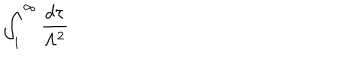
\int _ { 1 } ^ { \infty } \frac { d \tau } { \Lambda ^ { 2 } }